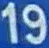
19